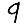
Digit: 9